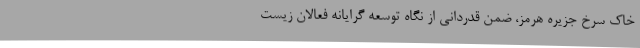
خاک سرخ جزیره هرمز، ضمن قدردانی از نگاه توسعه گرایانه فعالان زیست